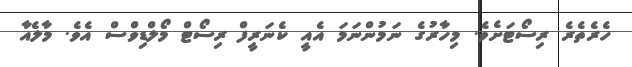
ހެރެތެރެ ރިސޯޓަށެވެ. މިހާރުގެ ނަމުންނަމަ އެއީ ކެނަރީފް ރިސޯޓް މޯލްޑިވްސް އެވެ. މާލެއާ